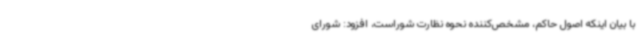
با بیان اینکه اصول حاکم، مشخص‌کننده نحوه نظارت شوراست، افزود: شورای